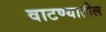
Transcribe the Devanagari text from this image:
वाटण्यातील